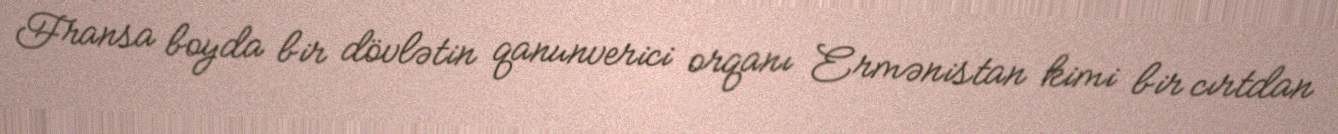
Fransa boyda bir dövlətin qanunverici orqanı Ermənistan kimi bir cırtdan